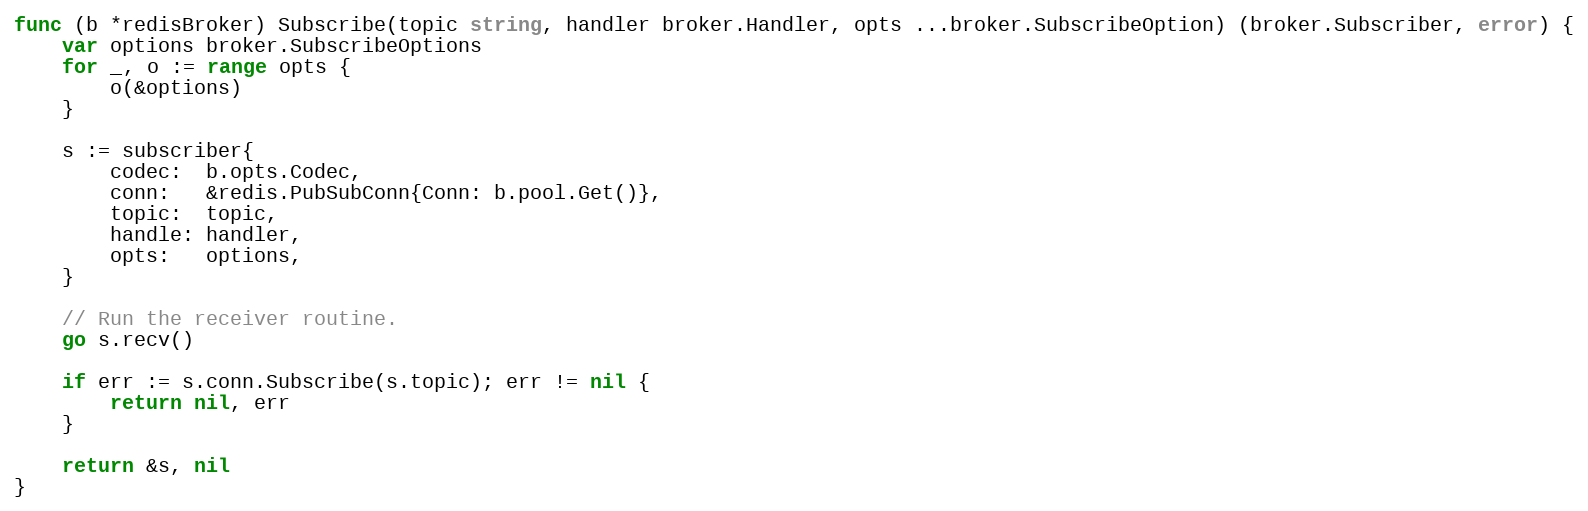
Language: Go
func (b *redisBroker) Subscribe(topic string, handler broker.Handler, opts ...broker.SubscribeOption) (broker.Subscriber, error) {
	var options broker.SubscribeOptions
	for _, o := range opts {
		o(&options)
	}

	s := subscriber{
		codec:  b.opts.Codec,
		conn:   &redis.PubSubConn{Conn: b.pool.Get()},
		topic:  topic,
		handle: handler,
		opts:   options,
	}

	// Run the receiver routine.
	go s.recv()

	if err := s.conn.Subscribe(s.topic); err != nil {
		return nil, err
	}

	return &s, nil
}